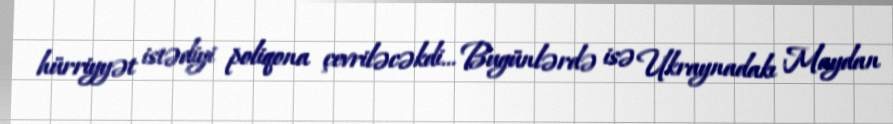
hürriyyət istədiyi poliqona çevriləcəkdi... Bugünlərdə isə Ukraynadakı Maydan